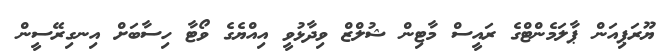
ޔޫރަޕިއަން ޕާލަމެންޓްގެ ރައީސް މާޓިން ޝުލްޒް ވިދާޅުވީ އިއްޔެގެ ވޯޓާ ހިސާބަށް އިނގިރޭސީން